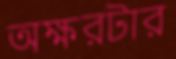
অক্ষরটার